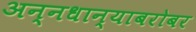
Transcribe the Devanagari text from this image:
अन्नधान्याबरोबर